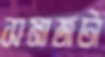
সমাজটা